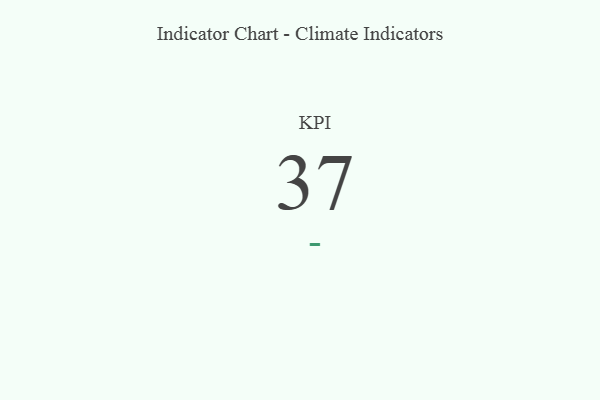
{"axis": {"x": "KPI", "y": "Value"}, "legend": [""], "data": [{"x": "KPI", "y": 37, "type": ""}]}